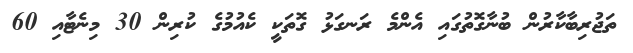
ތަޖުރިބާކާރުން ބުނާގޮތުގައި އެންމެ ރަނގަޅު ގޮތަކީ ކެއުމުގެ ކުރިން 30 މިނެޓާއި 60